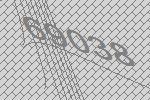
69038